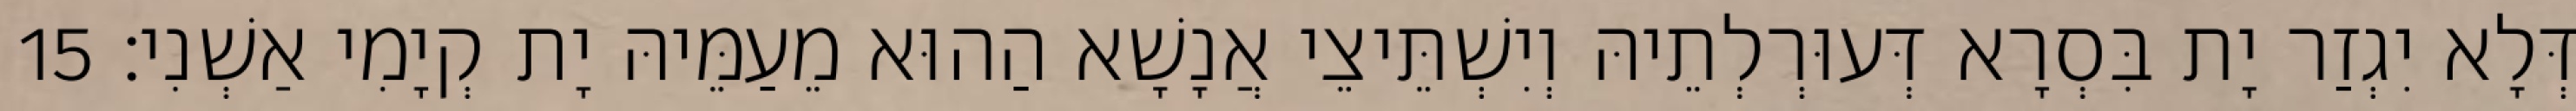
דְּלָא יִגְזַר יָת בִּסְרָא דְּעוּרְלְתֵיהּ וְיִשְׁתֵּיצֵי אֲנָשָׁא הַהוּא מֵעַמֵּיהּ יָת קְיָמִי אַשְׁנִי׃ 15